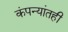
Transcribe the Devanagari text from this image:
कंपन्यांतही